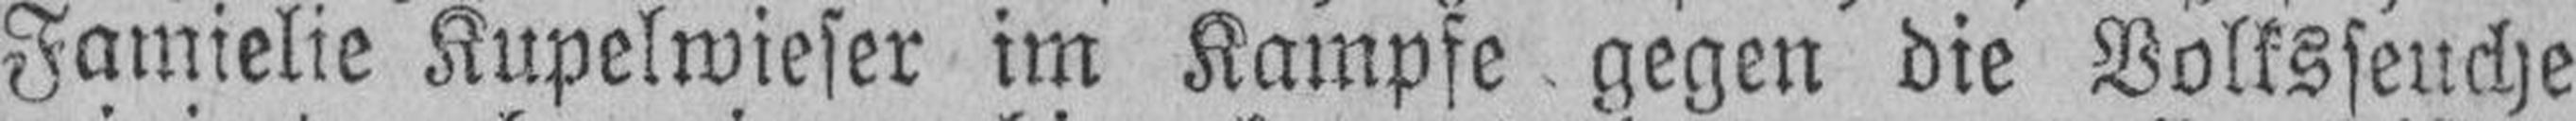
Famielie Kupelwieser im Kampfe, gegen die Volksseuche